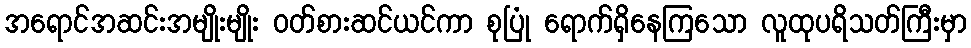
အရောင်အဆင်းအမျိုးမျိုး ဝတ်စားဆင်ယင်ကာ စုပြုံ ရောက်ရှိနေကြသော လူထုပရိသတ်ကြီးမှာ